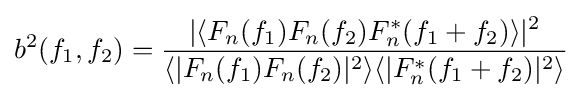
b^{2}(f_{1},f_{2})={\frac {|\langle F_{n}(f_{1})F_{n}(f_{2})F_{n}^{*}(f_{1}+f_{2})\rangle |^{2}}{\langle |F_{n}(f_{1})F_{n}(f_{2})|^{2}\rangle \langle |F_{n}^{*}(f_{1}+f_{2})|^{2}\rangle }}